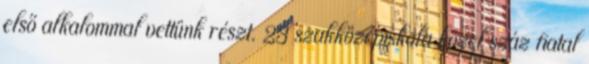
első alkalommal vettünk részt. 23 szakközépiskola közel száz fiatal